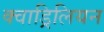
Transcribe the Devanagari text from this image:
क्वाड्रिलियन